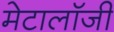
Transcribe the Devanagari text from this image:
मेटालॉजी